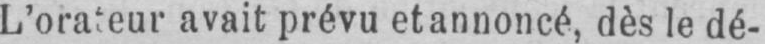
L’orateur avait prévu et annoncé, dès le dé-